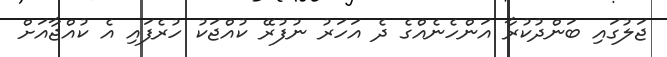
ޖަލުގައި ބަންދުކުރާ އަންހެނެއްގެ ދެ އަހަރު ނުފުރޭ ކުއްޖަކު ހުރެފައި އެ ކުއްޖާއަށް